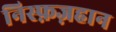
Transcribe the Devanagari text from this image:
निस्फ़ज़हान